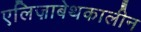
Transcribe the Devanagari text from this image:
एलिज़ाबेथकालीन